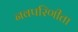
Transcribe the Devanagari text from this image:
नवपरिणीता